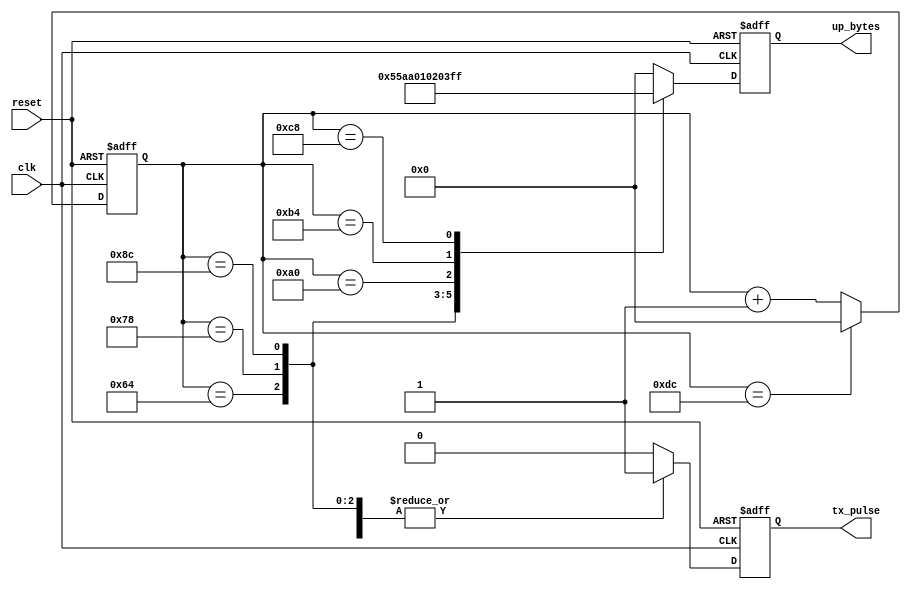
module upload_data(clk,reset,tx_pulse,up_bytes);
input clk;
input reset;

output reg tx_pulse;
output reg [7:0] up_bytes;

//55 AA cmd data1 data2 checksum  //6 bytes in total.
//55 AA 01 02 03 FF 

//we use a counter to drive the operations.
//The counter is count from 0 to N.
//when counter=M1, output one-shot tx_pulse and up_bytes.
//when counter=M2, output another one-shot tx_pulse and another up_bytes.
//attention here, the clk is baudrate clock, 9600bps=9.6khz.
//counter from 0
//when counter=100, output tx_pulse and up_bytes[0].
//this will take 10 cycle period due to the 9600,8N1 configration.(1 start bit,8 data bits,1 stop bit.)
//so here the next minimum trigger is 100+10=110. but here we use 100+10+10=120.
//when counter=120, output tx_pulse and up_bytes[1].
//when counter=140, output tx_pulse and up_bytes[2].
//when counter=160, output tx_pulse and up_bytes[3].
//when counter=180, output tx_pulse and up_bytes[4].
//when counter=200, output tx_pulse and up_bytes[5].
//when counter=220, reset.
reg [7:0] counter; //2^8-1=255.
always@(posedge clk or posedge reset)
begin
	if(reset) begin
				counter<=8'd0;
			  end
	else begin
			if(counter==8'd220)
				counter<=8'd0;
			else
				counter<=counter+1'b1;
		 end
end

always@(posedge clk or posedge reset)
begin
	if(reset) begin
				tx_pulse<=1'b0;
				up_bytes<=8'd0;
			  end
	else begin
			case(counter)
				8'd100: begin tx_pulse<=1'b1; up_bytes<=8'h0x55; end
				8'd120: begin tx_pulse<=1'b1; up_bytes<=8'h0xaa; end
				8'd140: begin tx_pulse<=1'b1; up_bytes<=8'h0x01; end
				8'd160: begin tx_pulse<=1'b1; up_bytes<=8'h0x02; end
				8'd180: begin tx_pulse<=1'b1; up_bytes<=8'h0x03; end
				8'd200: begin tx_pulse<=1'b1; up_bytes<=8'h0xff; end
				default: begin tx_pulse<=1'b0; up_bytes<=8'h0x00; end
			endcase
		 end
end
endmodule